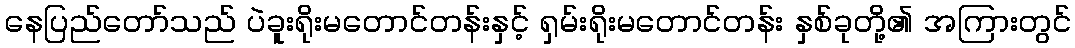
နေပြည်တော်သည် ပဲခူးရိုးမတောင်တန်းနှင့် ရှမ်းရိုးမတောင်တန်း နှစ်ခုတို့၏ အကြားတွင်